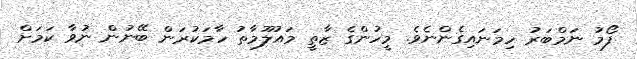
ފޯމު ނަމްބަރު ހިމަނައިގެންނެވެ. މީހުންގެ ޒާތީ މައުލޫމާތު ހާމަކުރަން ބޭނުން ނުވާ ކަމަށް